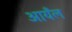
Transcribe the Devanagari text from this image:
आयँल